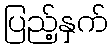
ပြည့်နှက်